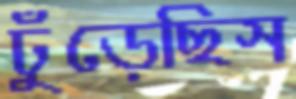
ঢুঁড়েছিস